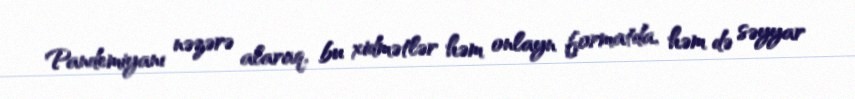
Pandemiyanı nəzərə alaraq, bu xidmətlər həm onlayn formatda, həm də səyyar